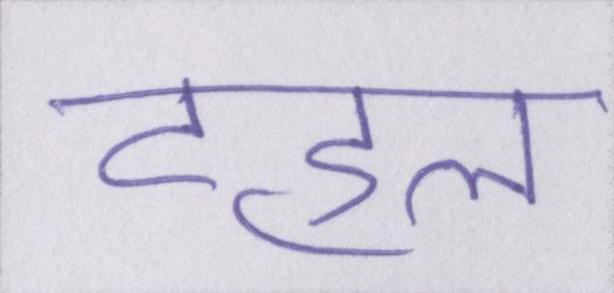
टहल